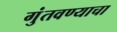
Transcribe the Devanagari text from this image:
गुंतवण्याचा